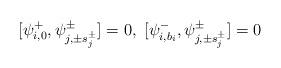
LaTeX: \begin{align*} [\psi^+_{i,0},\psi^\pm_{j,\pm s^\pm_j}]=0,\ [\psi^-_{i,b_i},\psi^\pm_{j,\pm s^\pm_j}]=0\end{align*}